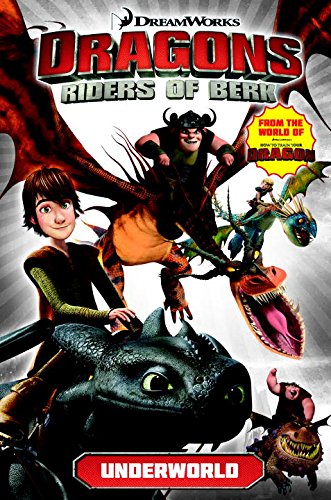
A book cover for DreamWorks' Dragons: Riders of Berk - Volume 6; Titan Comics; Children's Books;